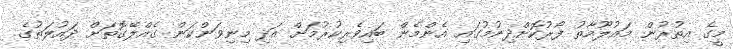
މީގެ އިތުރުން މައުލޫމާތު ފޯރުކޮށްދިނުމުގައި އެންމެން ބައިވެރިކުރުމަށް އަދި މިނިވަންކަން ގެއްލޭގޮތަށް ދައުލަތުގެ